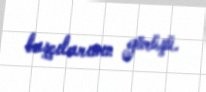
başçılarının görüşü.